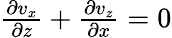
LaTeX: \begin{array}{r}{\frac{\partial v_{x}}{\partial z}+\frac{\partial v_{z}}{\partial x}=0}\end{array}